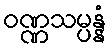
ဝဏ္ဏသမ္ပန္နံ